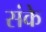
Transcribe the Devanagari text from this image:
संके